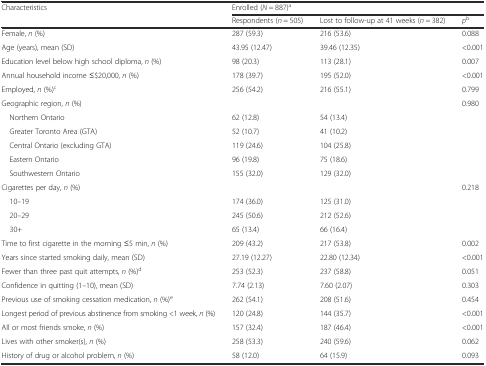
<table><thead><tr><td rowspan="2"><b>Characteristics</b></td><td colspan="3"><b>Enrolled (<i>N</i> = 887)<sup>a</sup></b></td></tr><tr><td><b>Respondents (<i>n</i> = 505)</b></td><td><b>Lost to follow-up at 41 weeks (<i>n</i> = 382)</b></td><td><b><i>p</i><sup>b</sup></b></td></tr></thead><tbody><tr><td>Female, <i>n</i> (%)</td><td>287 (59.3)</td><td>216 (53.6)</td><td>0.088</td></tr><tr><td>Age (years), mean (SD)</td><td>43.95 (12.47)</td><td>39.46 (12.35)</td><td>&lt;0.001</td></tr><tr><td>Education level below high school diploma, <i>n</i> (%)</td><td>98 (20.3)</td><td>113 (28.1)</td><td>0.007</td></tr><tr><td>Annual household income ≤$20,000, <i>n</i> (%)</td><td>178 (39.7)</td><td>195 (52.0)</td><td>&lt;0.001</td></tr><tr><td>Employed, <i>n</i> (%)<sup>c</sup></td><td>256 (54.2)</td><td>216 (55.1)</td><td>0.799</td></tr><tr><td>Geographic region, <i>n</i> (%)</td><td></td><td></td><td>0.980</td></tr><tr><td> Northern Ontario</td><td>62 (12.8)</td><td>54 (13.4)</td><td></td></tr><tr><td> Greater Toronto Area (GTA)</td><td>52 (10.7)</td><td>41 (10.2)</td><td></td></tr><tr><td> Central Ontario (excluding GTA)</td><td>119 (24.6)</td><td>104 (25.8)</td><td></td></tr><tr><td> Eastern Ontario</td><td>96 (19.8)</td><td>75 (18.6)</td><td></td></tr><tr><td> Southwestern Ontario</td><td>155 (32.0)</td><td>129 (32.0)</td><td></td></tr><tr><td>Cigarettes per day, <i>n</i> (%)</td><td></td><td></td><td>0.218</td></tr><tr><td> 10–19</td><td>174 (36.0)</td><td>125 (31.0)</td><td></td></tr><tr><td> 20–29</td><td>245 (50.6)</td><td>212 (52.6)</td><td></td></tr><tr><td> 30+</td><td>65 (13.4)</td><td>66 (16.4)</td><td></td></tr><tr><td>Time to first cigarette in the morning ≤5 min, <i>n</i> (%)</td><td>209 (43.2)</td><td>217 (53.8)</td><td>0.002</td></tr><tr><td>Years since started smoking daily, mean (SD)</td><td>27.19 (12.27)</td><td>22.80 (12.34)</td><td>&lt;0.001</td></tr><tr><td>Fewer than three past quit attempts, <i>n</i> (%)<sup>d</sup></td><td>253 (52.3)</td><td>237 (58.8)</td><td>0.051</td></tr><tr><td>Confidence in quitting (1–10), mean (SD)</td><td>7.74 (2.13)</td><td>7.60 (2.07)</td><td>0.303</td></tr><tr><td>Previous use of smoking cessation medication, <i>n</i> (%)<sup>e</sup></td><td>262 (54.1)</td><td>208 (51.6)</td><td>0.454</td></tr><tr><td>Longest period of previous abstinence from smoking &lt;1 week, <i>n</i> (%)</td><td>120 (24.8)</td><td>144 (35.7)</td><td>&lt;0.001</td></tr><tr><td>All or most friends smoke, <i>n</i> (%)</td><td>157 (32.4)</td><td>187 (46.4)</td><td>&lt;0.001</td></tr><tr><td>Lives with other smoker(s), <i>n</i> (%)</td><td>258 (53.3)</td><td>240 (59.6)</td><td>0.062</td></tr><tr><td>History of drug or alcohol problem, <i>n</i> (%)</td><td>58 (12.0)</td><td>64 (15.9)</td><td>0.093</td></tr></tbody></table>